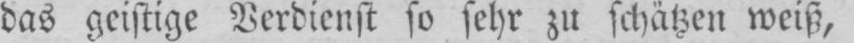
das geistige Verdienst so sehr zu schätzen weiß,